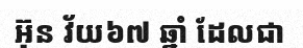
អ៊ុន វ័យ៦៧ ឆ្នាំ ដែលជា